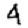
Digit: 4